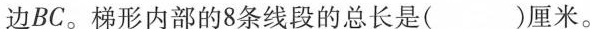
边BC。梯形内部的8条线段的总长是( )厘米。